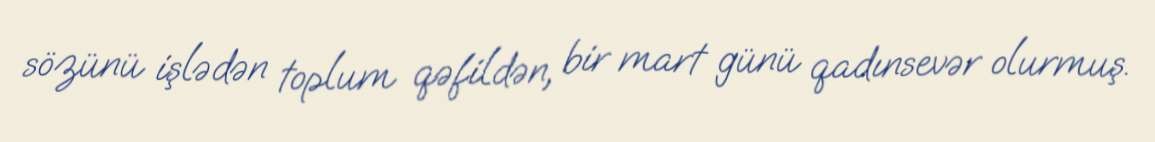
sözünü işlədən toplum qəfildən, bir mart günü qadınsevər olurmuş.